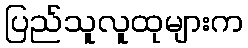
ပြည်သူလူထုများက